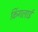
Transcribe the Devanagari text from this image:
किंगलाई